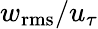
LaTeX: w_{\mathrm{rms}}/u_{\tau}